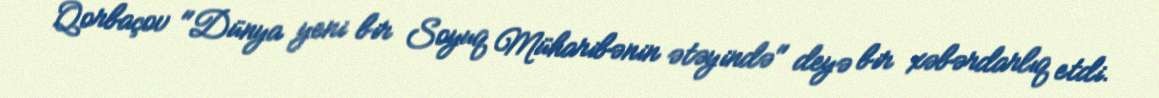
Qorbaçov "Dünya yeni bir Soyuq Müharibənin ətəyində" deyə bir xəbərdarlıq etdi.